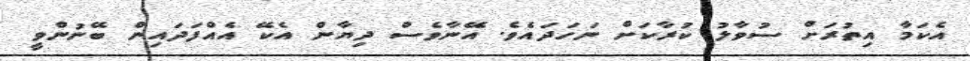
އެކަމާ އިތުރަށް ސުވާލު ކުރާކަށް ނަހަދައެވެ. އޭނާވެސް ދިޔާން އެކޭ އެއްފަދައިން ބޭނުންވީ